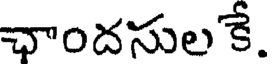
ఛాందసుల కే.